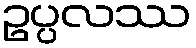
ဥပ္ပလဿ